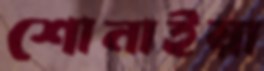
শোনাইয়া